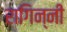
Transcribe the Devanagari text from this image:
रागिन्नी